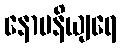
နောပနိယျရေ